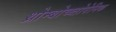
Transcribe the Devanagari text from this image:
थ्रोम्बोच्य्तोपेनिक